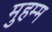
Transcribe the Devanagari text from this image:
मुहम्म